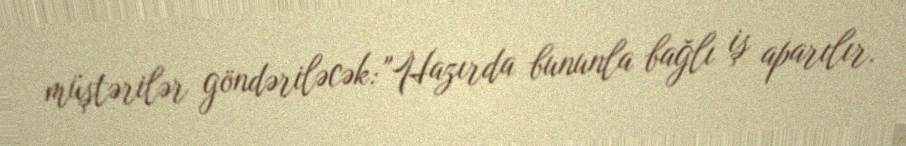
müştərilər göndəriləcək: "Hazırda bununla bağlı iş aparılır.